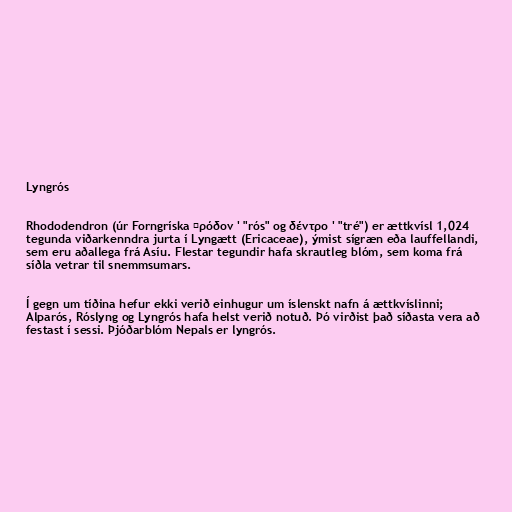
Lyngrós

Rhododendron (úr Forngríska ῥρόδον ' "rós" og δέντρο ' "tré") er ættkvísl 1,024
tegunda viðarkenndra jurta í Lyngætt (Ericaceae), ýmist sígræn eða lauffellandi,
sem eru aðallega frá Asíu. Flestar tegundir hafa skrautleg blóm, sem koma frá
síðla vetrar til snemmsumars.

Í gegn um tíðina hefur ekki verið einhugur um íslenskt nafn á ættkvíslinni;
Alparós, Róslyng og Lyngrós hafa helst verið notuð. Þó virðist það síðasta vera að
festast í sessi. Þjóðarblóm Nepals er lyngrós.